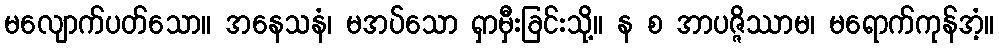
မလျောက်ပတ်သော။ အနေသနံ၊ မအပ်သော ရှာမှီးခြင်းသို့။ န စ အာပဇ္ဇိဿာမ၊ မရောက်ကုန်အံ့။